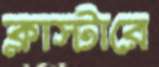
ক্লাস্টারে